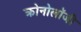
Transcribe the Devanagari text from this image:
क्रोनोलॉजी